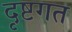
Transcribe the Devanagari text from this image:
दृष्टगत